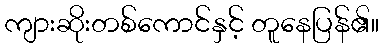
ကျားဆိုးတစ်ကောင်နှင့် တူနေပြန်၏။